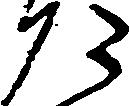
た